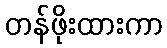
တန်ဖိုးထားကာ